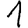
Digit: 1